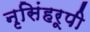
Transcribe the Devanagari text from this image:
नृसिंहरूपी